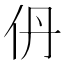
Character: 𫢌